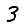
Digit: 3